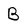
Character: B